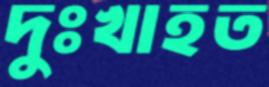
দুঃখাহত